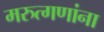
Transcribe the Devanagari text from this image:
मरुत्गणांना